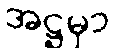
အဋ္ဌမှာ